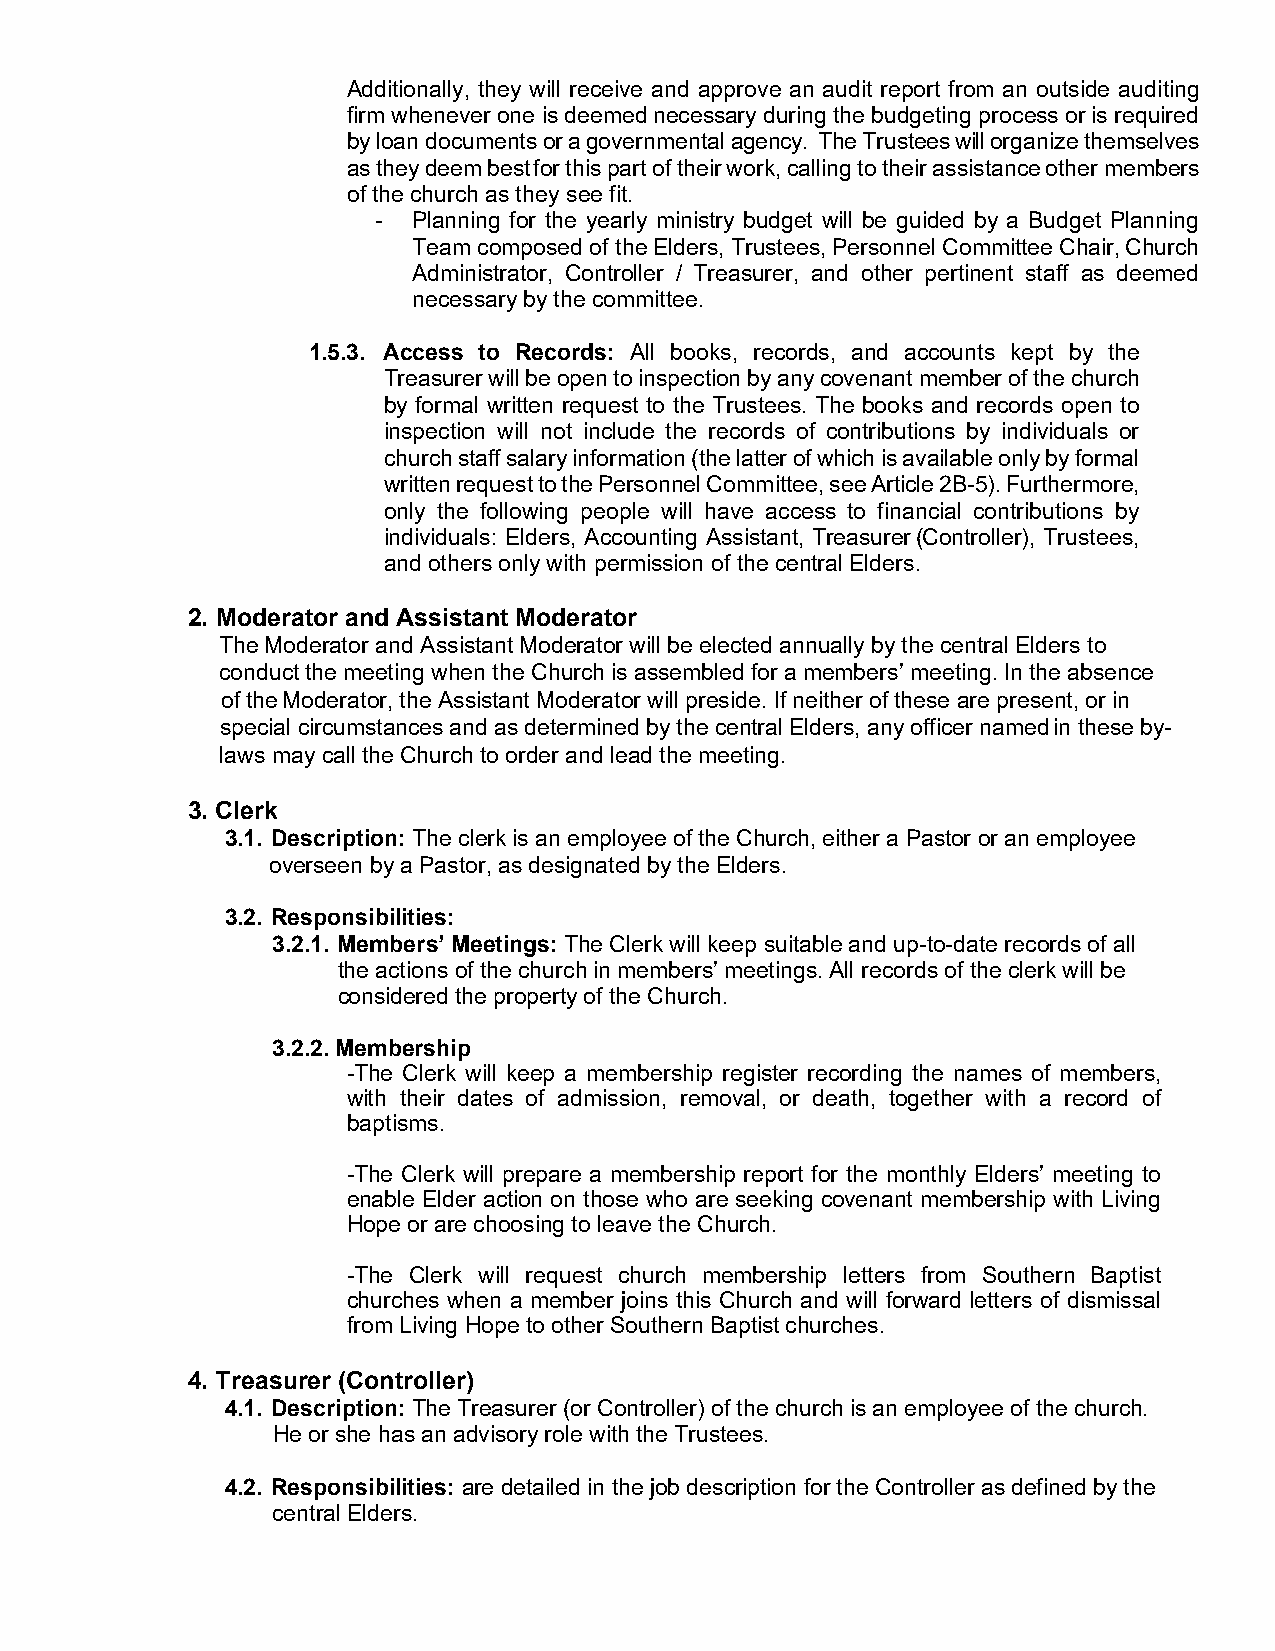
Additionally, they will receive and approve an audit report from an outside auditing
 firm whenever one is deemed necessary during the budgeting process or is required
 by loan documents or a governmental agency. The Trustees will organize themselves
 as they deem best for this part of their work, calling to their assistance other members
 of the church as they see fit.
 - Planning for the yearly ministry budget will be guided by a Budget Planning
 Team composed of the Elders, Trustees, Personnel Committee Chair, Church
 Administrator, Controller / Treasurer, and other pertinent staff as deemed
 necessary by the committee.
 1.5.3. Access to Records: All books, records, and accounts kept by the
 Treasurer will be open to inspection by any covenant member of the church
 by formal written request to the Trustees. The books and records open to
 inspection will not include the records of contributions by individuals or
 church staff salary information (the latter of which is available only by formal
 written request to the Personnel Committee, see Article 2B-5). Furthermore,
 only the following people will have access to financial contributions by
 individuals: Elders, Accounting Assistant, Treasurer (Controller), Trustees,
 and others only with permission of the central Elders.
 2. Moderator and Assistant Moderator
 The Moderator and Assistant Moderator will be elected annually by the central Elders to
 conduct the meeting when the Church is assembled for a members’ meeting. In the absence
 of the Moderator, the Assistant Moderator will preside. If neither of these are present, or in
 special circumstances and as determined by the central Elders, any officer named in these by-
 laws may call the Church to order and lead the meeting.
 3. Clerk
 3.1. Description: The clerk is an employee of the Church, either a Pastor or an employee
 overseen by a Pastor, as designated by the Elders.
 3.2. Responsibilities:
 3.2.1. Members’ Meetings: The Clerk will keep suitable and up-to-date records of all
 the actions of the church in members’ meetings. All records of the clerk will be
 considered the property of the Church.
 3.2.2. Membership
 -The Clerk will keep a membership register recording the names of members,
 with their dates of admission, removal, or death, together with a record of
 baptisms.
 -The Clerk will prepare a membership report for the monthly Elders’ meeting to
 enable Elder action on those who are seeking covenant membership with Living
 Hope or are choosing to leave the Church.
 -The Clerk will request church membership letters from Southern Baptist
 churches when a member joins this Church and will forward letters of dismissal
 from Living Hope to other Southern Baptist churches.
 4. Treasurer (Controller)
 4.1. Description: The Treasurer (or Controller) of the church is an employee of the church.
 He or she has an advisory role with the Trustees.
 4.2. Responsibilities: are detailed in the job description for the Controller as defined by the
 central Elders.